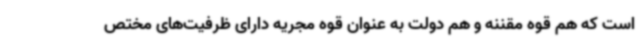
است که هم قوه مقننه و هم دولت به عنوان قوه مجریه دارای ظرفیت‌های مختص